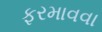
ફરમાવવા